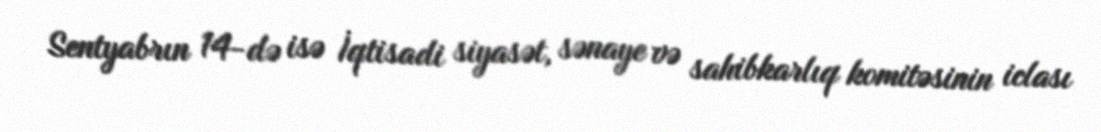
Sentyabrın 14-də isə İqtisadi siyasət, sənaye və sahibkarlıq komitəsinin iclası